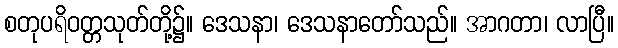
စတုပရိဝတ္တသုတ်တို့၌။ ဒေသနာ၊ ဒေသနာတော်သည်။ အာဂတာ၊ လာပြီ။